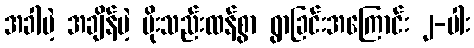
အခါမဲ့ အချိန်မဲ့ မိုးသည်းထန်စွာ ရွာခြင်းအကြောင်း ၂-ပါး